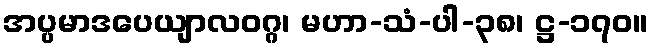
အပ္ပမာဒပေယျာလဝဂ္ဂ၊ မဟာ-သံ-ပါ-၃၈၊ ဋ္ဌ-၁၇၀။